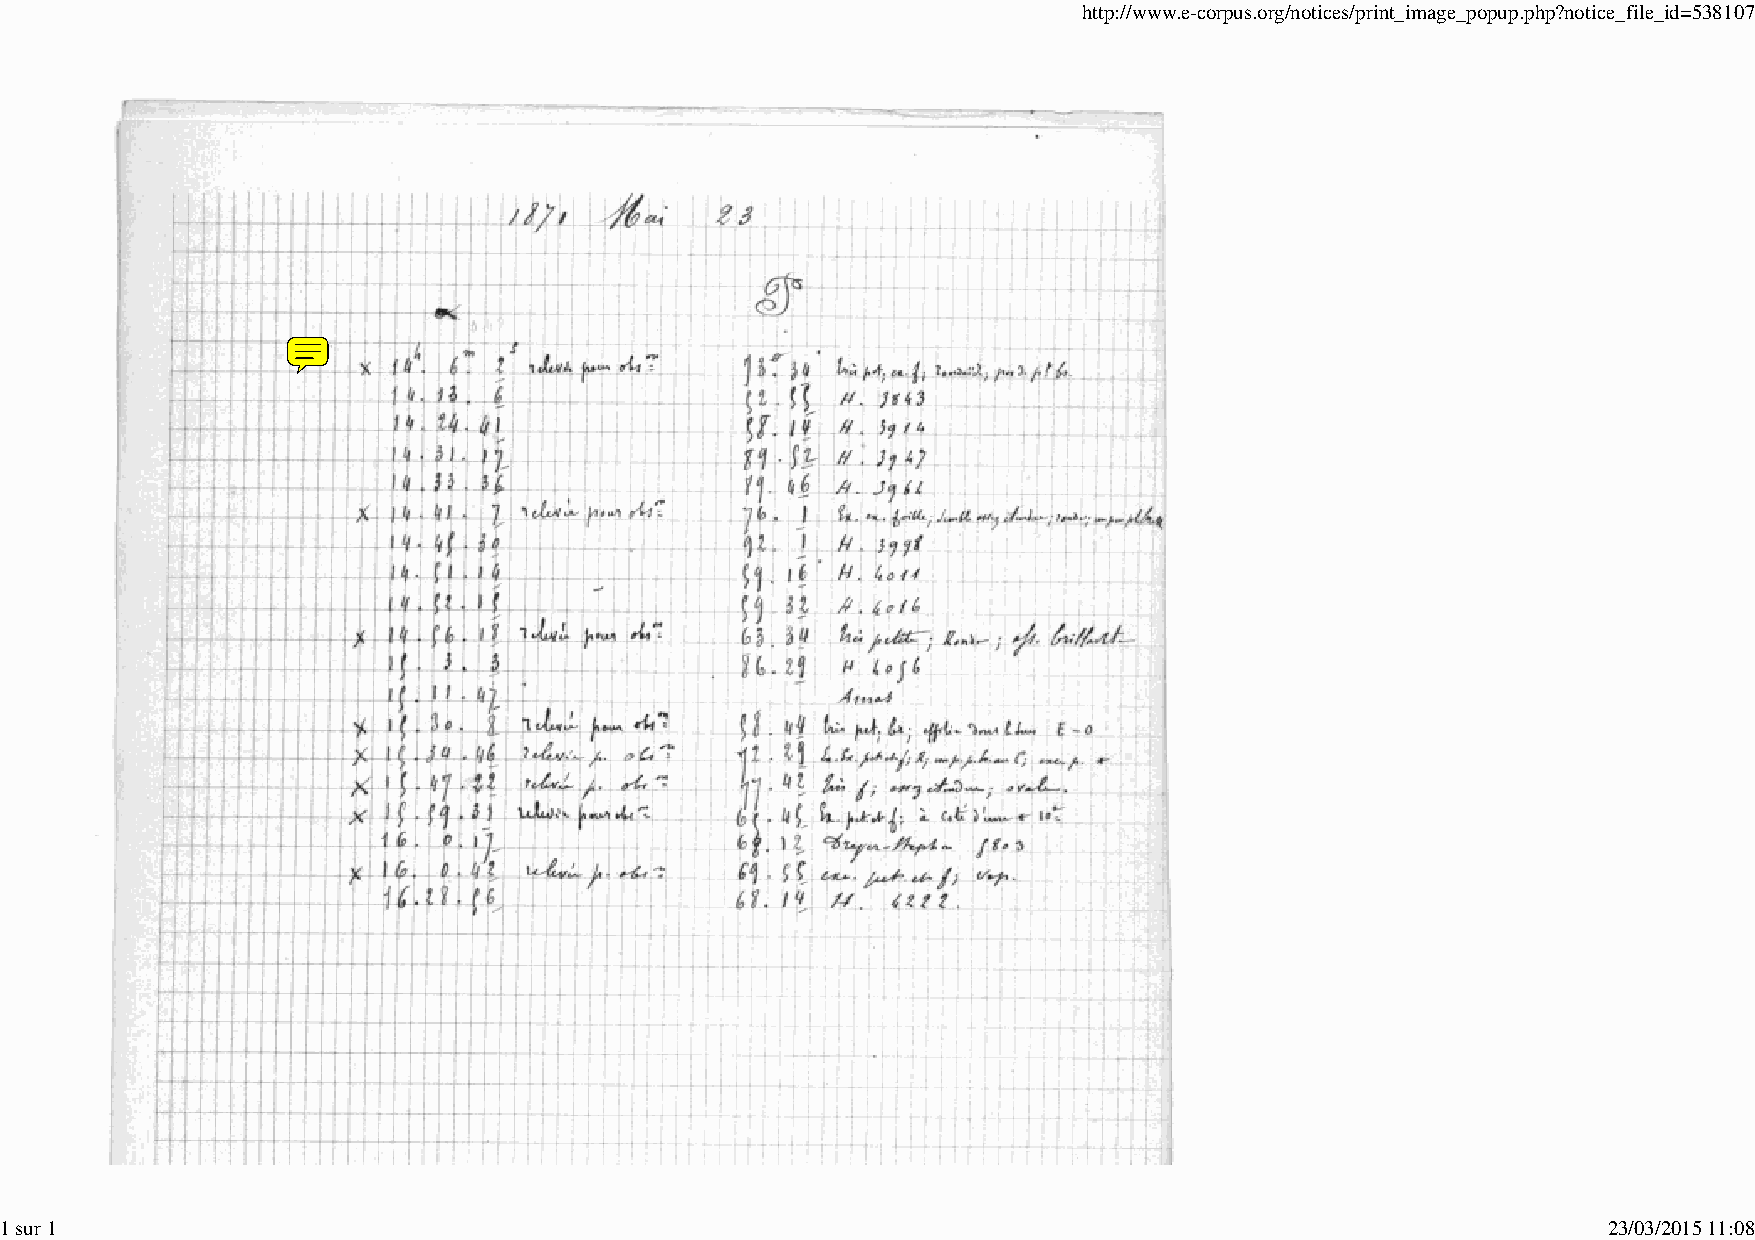
http://www.e-corpus.org/notices/print_image_popup.php?notice_file_id=538107
 1 sur 1                                                                                                   23/03/2015 11:08